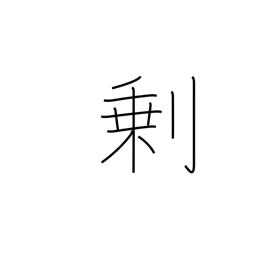
Meaning: surplus